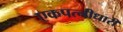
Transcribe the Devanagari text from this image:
एकपत्नीधारी